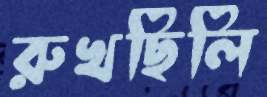
রুখছিলি